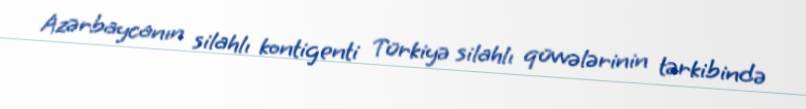
Azərbaycanın silahlı kontigenti Türkiyə silahlı qüvvələrinin tərkibində